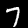
Digit: 7